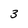
Character: 3